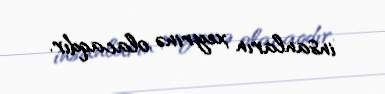
insanların xeyrinə olacaqdır.